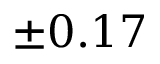
\pm 0 . 1 7